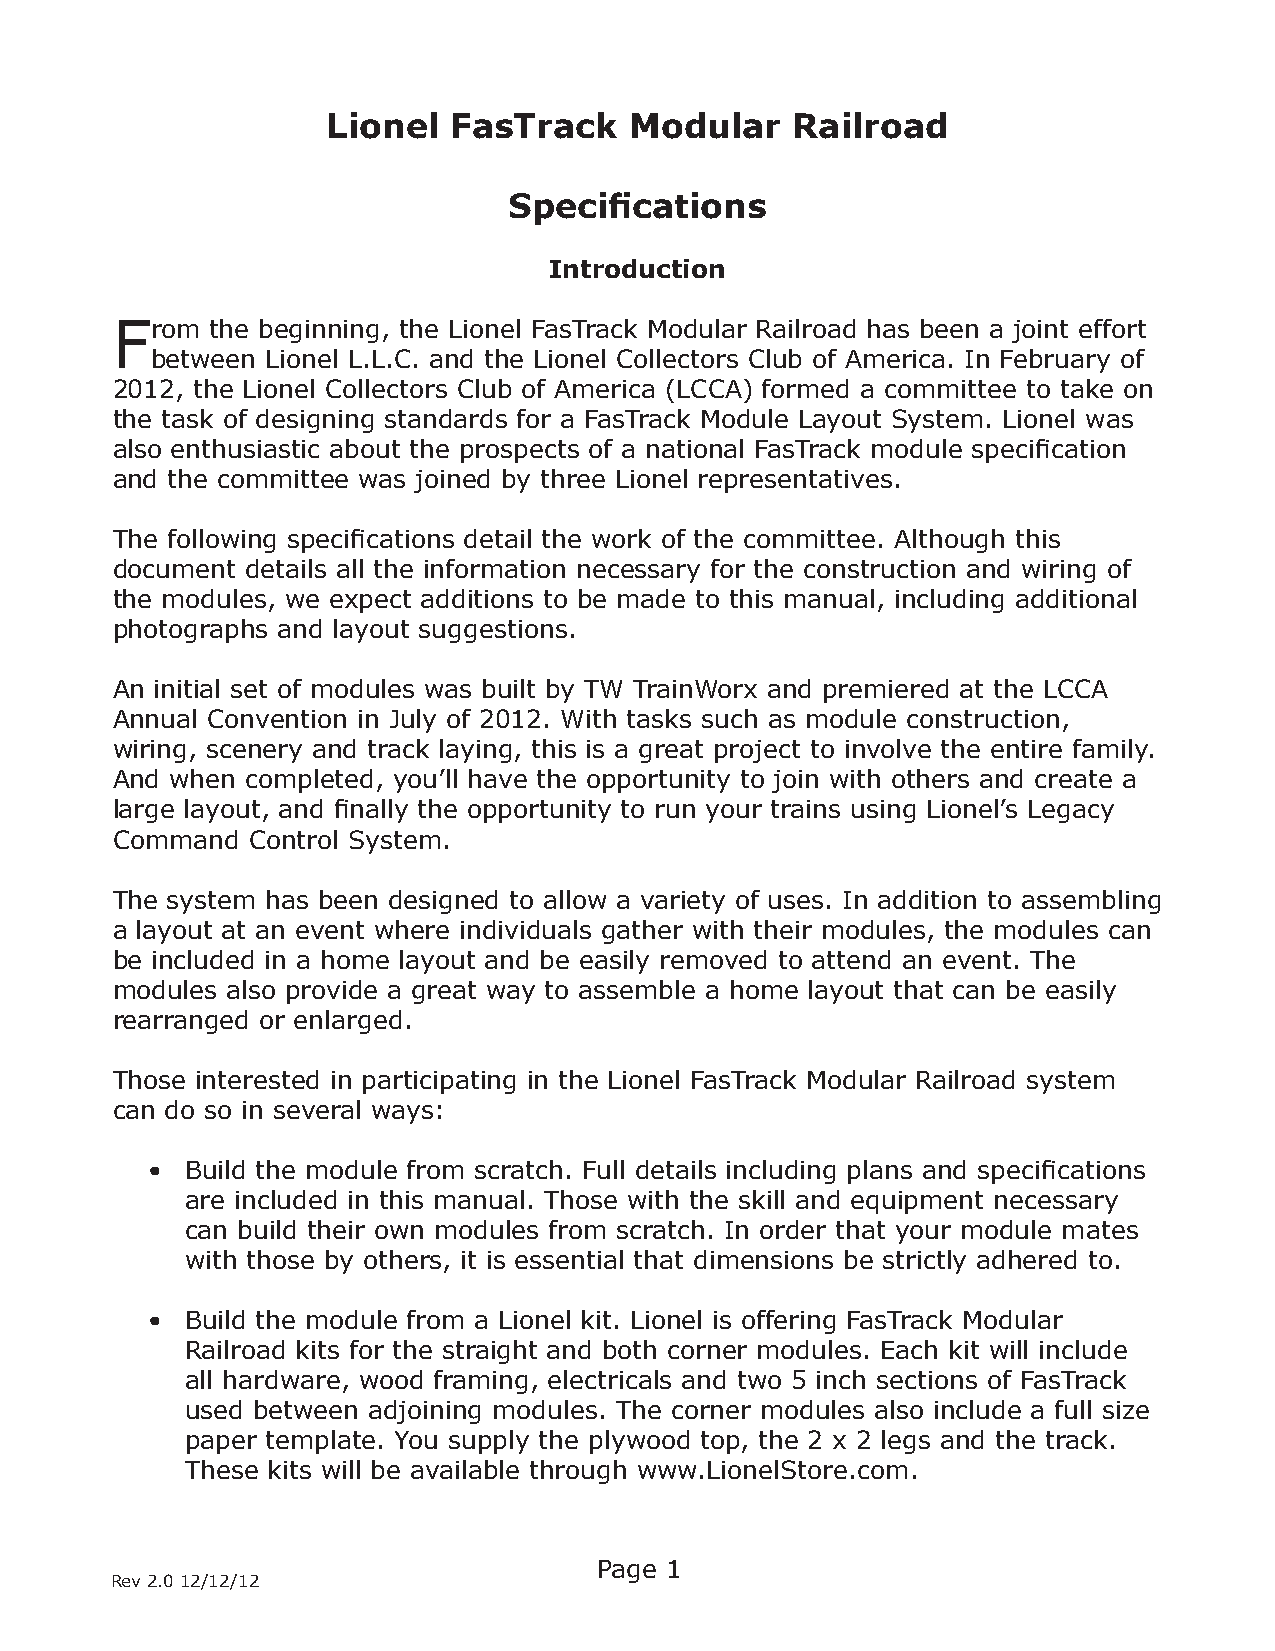
Lionel  FasTrack    Modular   Railroad
 Specifications
 Introduction
 From   the beginning, the Lionel FasTrack Modular Railroad has been a joint effort
 between Lionel L.L.C. and the Lionel Collectors Club of America. In February of
 2012, the Lionel Collectors Club of America (LCCA) formed a committee to take on
 the task of designing standards for a FasTrack Module Layout System. Lionel was
 also enthusiastic about the prospects of a national FasTrack module specification
 and the committee was joined by three Lionel representatives.
 The following specifications detail the work of the committee. Although this
 document details all the information necessary for the construction and wiring of
 the modules, we expect additions to be made to this manual, including additional
 photographs and layout suggestions.
 An initial set of modules was built by TW TrainWorx and premiered at the LCCA
 Annual Convention in July of 2012. With tasks such as module construction,
 wiring, scenery and track laying, this is a great project to involve the entire family.
 And when completed, you’ll have the opportunity to join with others and create a
 large layout, and finally the opportunity to run your trains using Lionel’s Legacy
 Command  Control System.
 The system has been designed to allow a variety of uses. In addition to assembling
 a layout at an event where individuals gather with their modules, the modules can
 be included in a home layout and be easily removed to attend an event. The
 modules also provide a great way to assemble a home layout that can be easily
 rearranged or enlarged.
 Those interested in participating in the Lionel FasTrack Modular Railroad system
 can do so in several ways:
 • Build the module from scratch. Full details including plans and specifications
 are included in this manual. Those with the skill and equipment necessary
 can build their own modules from scratch. In order that your module mates
 with those by others, it is essential that dimensions be strictly adhered to.
 • Build the module from a Lionel kit. Lionel is offering FasTrack Modular
 Railroad kits for the straight and both corner modules. Each kit will include
 all hardware, wood framing, electricals and two 5 inch sections of FasTrack
 used between adjoining modules. The corner modules also include a full size
 paper template. You supply the plywood top, the 2 x 2 legs and the track.
 These kits will be available through www.LionelStore.com.
 Page 1
 Rev 2.0 12/12/12